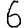
Digit: 6